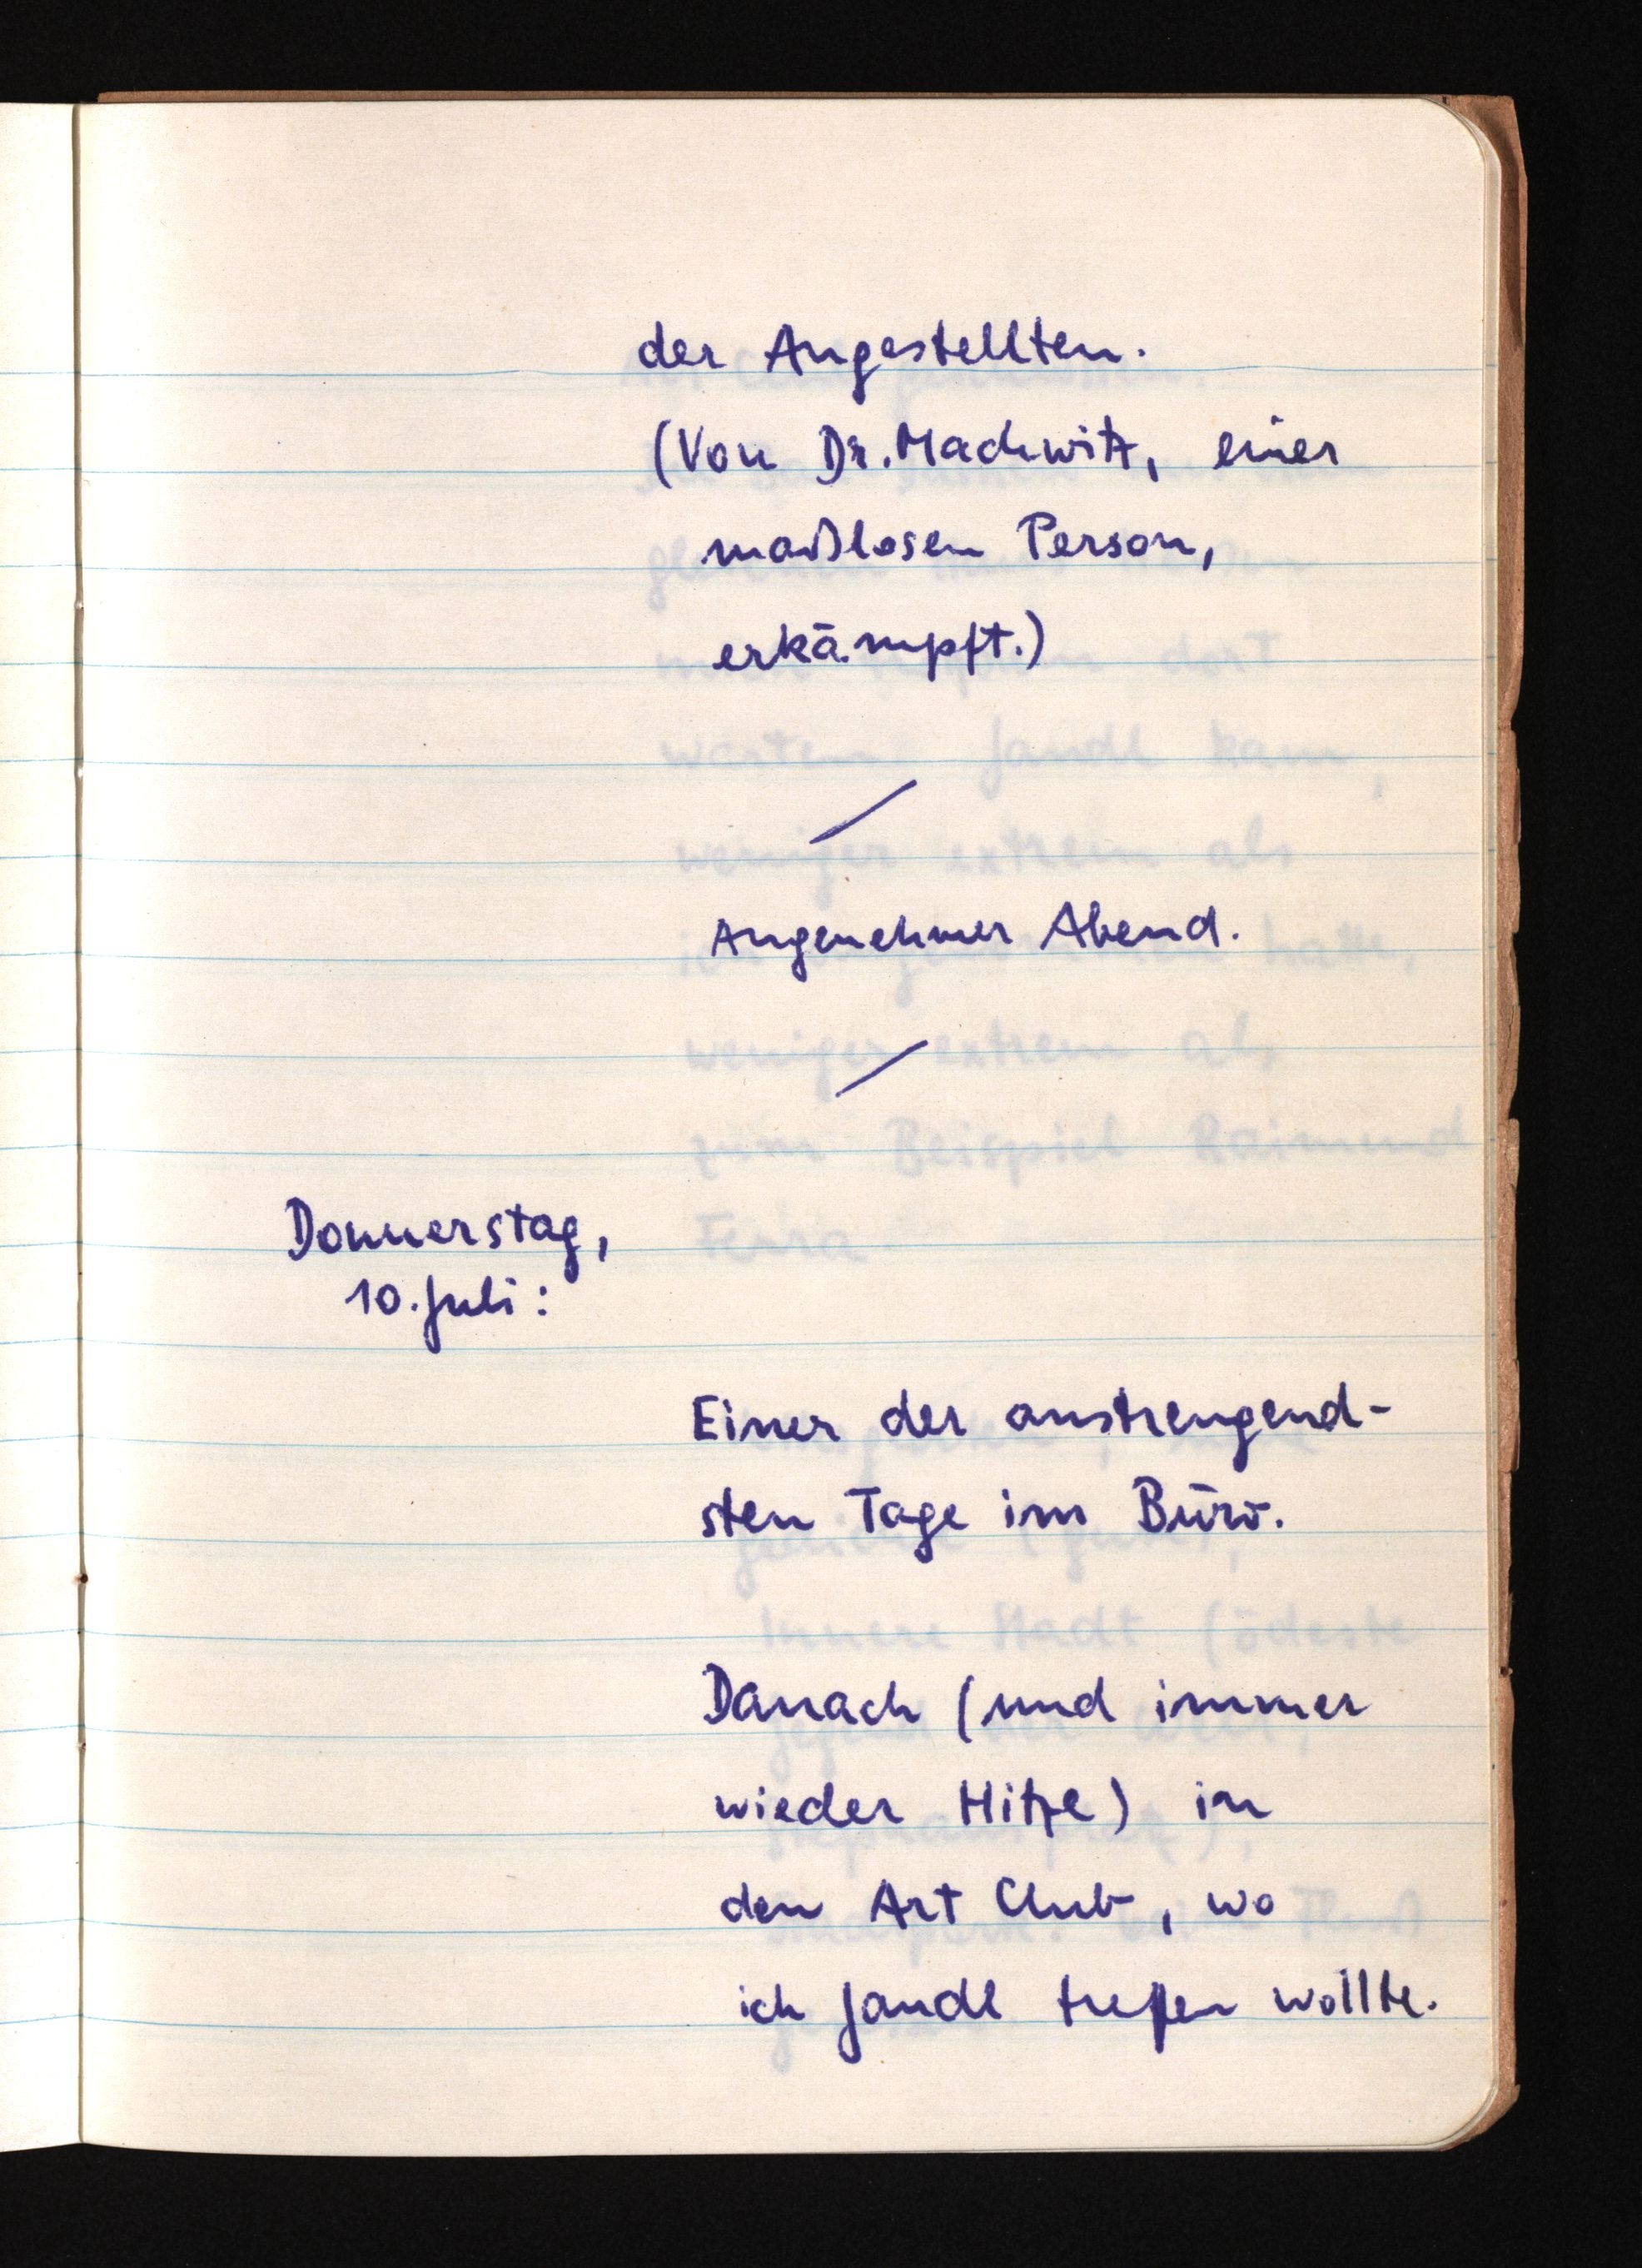
der Angestellten.
(Von Dr. Machwitz, einer
maßlosen Person,
erkämpft.)
Angenehmer Abend.
Donnerstag,
10. Juli:
Einer der anstrengend¬
sten Tage im Büro.
Danach (und immer
wieder Hitze) in
den Art Club, wo
ich Jandl treffen wollte.